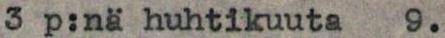
3 p:nä huhtikuuta   9.